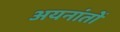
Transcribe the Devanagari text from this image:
अयनांतों